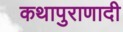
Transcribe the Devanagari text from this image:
कथापुराणादी